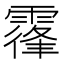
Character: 𩄦